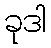
ခုဒါ